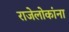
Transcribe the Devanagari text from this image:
राजेलोकांना